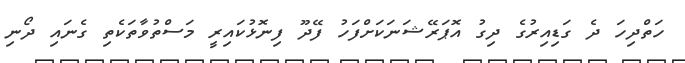
ހަތްދިހަ ދެ ގަޑިއިރުގެ ދިގު އޮޕަރޭޝަނަކަށްފަހު ފޭދޫ ފިނޮޅުކައިރީ މަސްތުވާތަކެތި ގެނައި ދޯނި